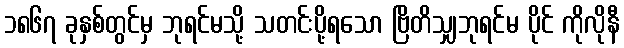
၁၈၆၇ ခုနှစ်တွင်မှ ဘုရင်မသို့ သတင်းပို့ရသော ဗြိတိသျှဘုရင်မ ပိုင် ကိုလိုနီ